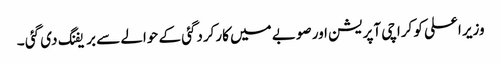
وزیر اعلی کو کراچی آپریشن اور صوبے میں کارکردگئی کے حوالے سے بریفنگ دی گئی ۔